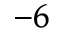
^ { - 6 }